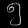
Digit: ၅